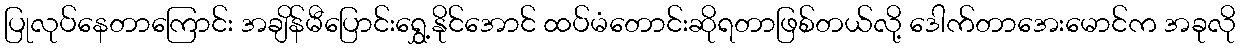
ပြုလုပ်နေတာကြောင်း အချိန်မီပြောင်းရွှေ့နိုင်အောင် ထပ်မံတောင်းဆိုရတာဖြစ်တယ်လို့ ဒေါက်တာအေးမောင်က အခုလို